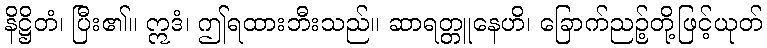
နိဋ္ဌိတံ၊ ပြီး၏။ ဣဒံ၊ ဤရထားဘီးသည်။ ဆာရတ္တူနေဟိ၊ ခြောက်ညဉ့်တို့ဖြင့်ယုတ်